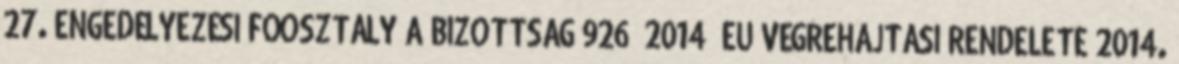
27. ENGEDÉLYEZÉSI FŐOSZTÁLY A BIZOTTSÁG 926 2014 EU VÉGREHAJTÁSI RENDELETE 2014.